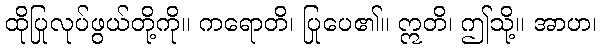
ထိုပြုလုပ်ဖွယ်တို့ကို။ ကရောတိ၊ ပြုပေ၏။ ဣတိ၊ ဤသို့။ အာဟ၊